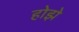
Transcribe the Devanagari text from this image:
होझे